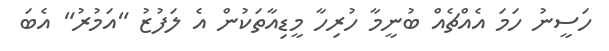
ހަސީނު ހަމަ އެއްޗެއް ބުނީމާ ހުރިހާ މީޑިއާތަކުން އެ ލަފުޒު "އަމުރު" އެބަ